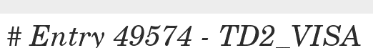
# Entry 49574 - TD2_VISA